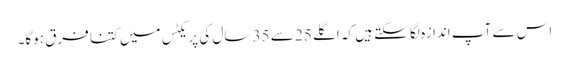
اس سے آپ اندازہ لگا سکتے ہیں کہ اگلے 25 سے 35 سال کی پریکٹس میں کتنا فرق ہوگا۔